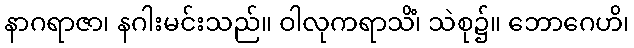
နာဂရာဇာ၊ နဂါးမင်းသည်။ ဝါလုကရာသိံ၊ သဲစု၌။ ဘောဂေဟိ၊